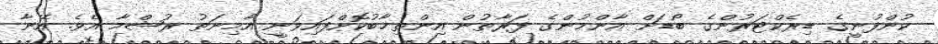
ކުންފުނީގެ ޑިރެކްޓަރުންގެ ބޯޑަށް އާންމުންގެ ފަރާތުން އިންތިޚާބުކޮށްފައިވަނީ އާމިނަތު ރުޝްމާ އެވެ. އޭނާ